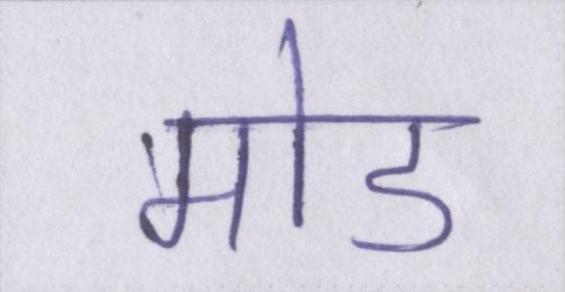
मोड